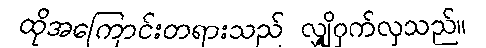
ထိုအကြောင်းတရားသည် လျှို့ဝှက်လှသည်။